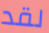
لقد